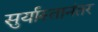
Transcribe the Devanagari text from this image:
सुर्यास्तानंतर